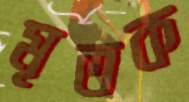
মৃতক